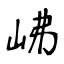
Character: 𡶒